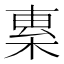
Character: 𣓧